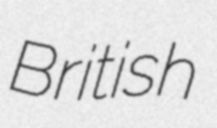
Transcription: British